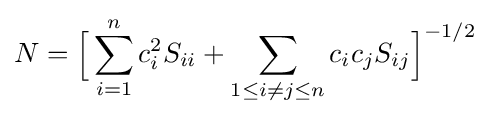
N={\Big [}\sum _{i=1}^{n}c_{i}^{2}S_{ii}+\sum _{1\leq i\neq j\leq n}c_{i}c_{j}S_{ij}{\Big ]}^{-1/2}